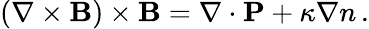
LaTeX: \begin{array}{r}{(\nabla\times\textbf{B})\times\textbf{B}=\nabla\cdot\textbf{P}+\kappa\nabla n\, .}\end{array}